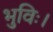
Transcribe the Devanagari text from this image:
भुविः।